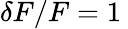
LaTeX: \delta F/F=1\